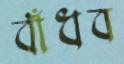
বাঁধব